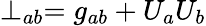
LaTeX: \perp_{ab}=g_{ab}+U_{a}U_{b}